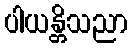
ပါယန္တိသညာ